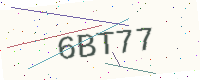
Text: 6BT77